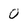
Character: O